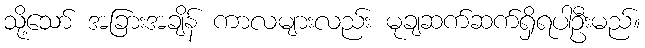
သို့သော် အခြားအချိန် ကာလများလည်း မုချဆက်ဆက်ရှိရပါဦးမည်။